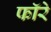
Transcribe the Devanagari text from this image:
फॉरे